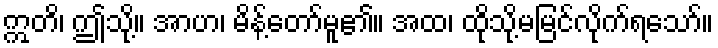
ဣတိ၊ ဤသို့။ အာဟ၊ မိန့်တော်မူ၏။ အထ၊ ထိုသို့မမြင်လိုက်ရသော်။